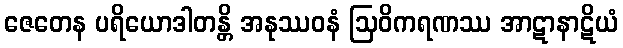
ဇေတေန ပရိယောဒါတန္တိ အနုဿဝနံ ဩဝိကရဏဿ အာဋာနာဋိယံ